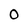
Character: O